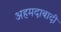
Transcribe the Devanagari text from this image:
अहमदाबादी